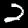
Label: 2